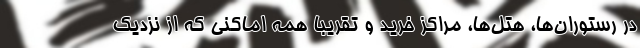
در رستوران‌ها، هتل‌ها، مراکز خرید و تقریبا همه اماکنی که از نزدیک